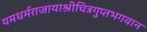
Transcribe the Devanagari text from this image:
यमधर्मराजायाश्रीचित्रगुप्तभगवान